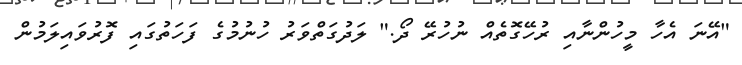
"އޭނަ އެހާ މީހުންނާއި ރުހޭގޮތެއް ނުހުރޭ ދޯ." ލަދުގަތްވަރު ހުނުމުގެ ފަހަތުގައި ފޮރުވައިލަމުން